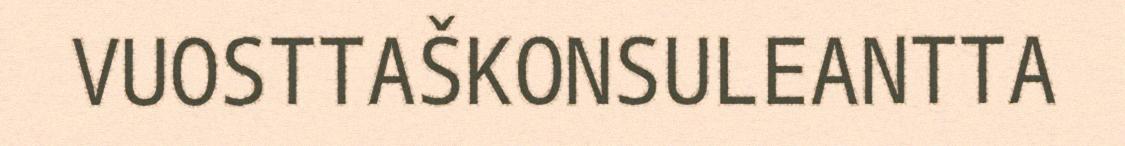
VUOSTTAŠKONSULEANTTA